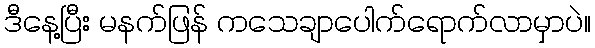
ဒီနေ့ပြီး မနက်ဖြန် ကသေချာပေါက်ရောက်လာမှာပဲ။